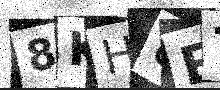
Text: 8KH8E7